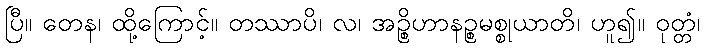
ပြီ။ တေန၊ ထို့ကြောင့်။ တဿာပိ၊ လ၊ အဉ္စိဟာနဉ္စမစ္စုယာတိ၊ ဟူ၍။ ဝုတ္တံ၊